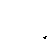
ပါလို့